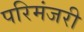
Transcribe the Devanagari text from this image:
परिमंजरी